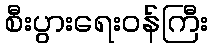
စီးပွားရေးဝန်ကြီး